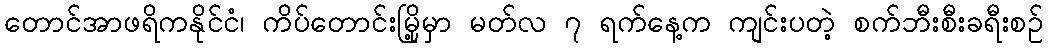
တောင်အာဖရိကနိုင်ငံ၊ ကိပ်တောင်းမြို့မှာ မတ်လ ၇ ရက်နေ့က ကျင်းပတဲ့ စက်ဘီးစီးခရီးစဉ်